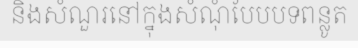
និងសំណួរនៅក្នុងសំណុំបែបបទពន្លូត